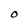
Character: o